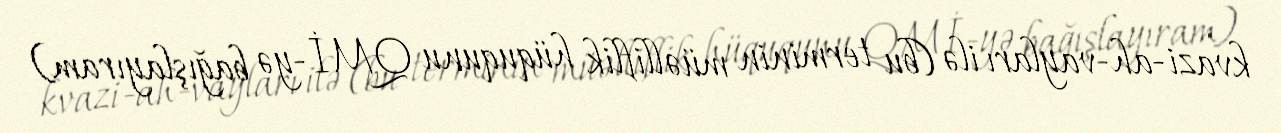
kvazi-ah-vayları ilə (bu terminin müəlliflik hüququnu QMİ-yə bağışlayıram)